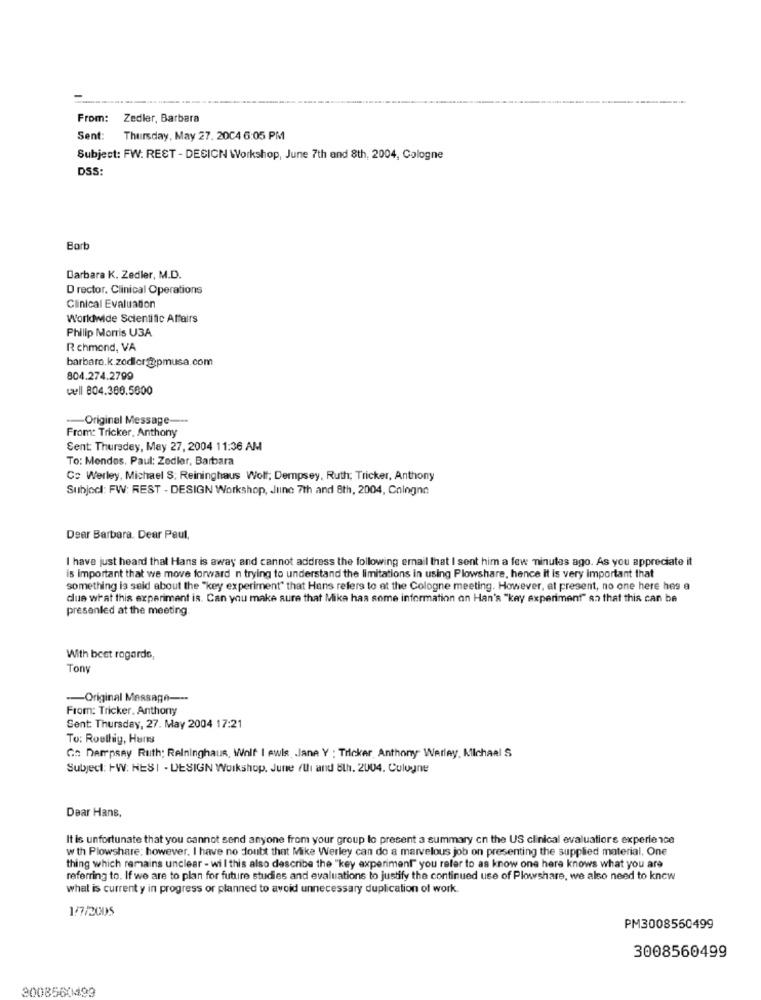
From:
Zedler, Barbara
Sent: Thursday, May 27. 20C4 6:05 PM
Subject: FW: REST - DESIGN Workshop, June 7th and 8th, 2004, Cologne
DSS:
Borb
Barbara K. Zedler, M.D.
D rector, Clinical Operations
Clinical Evaluation
Worldwide Scientific Affairs
Philip Morris USA
Richmond, VA
barbaro.k.zodler@pmusa.com
804.274.2799
well 804.366.5600
-Original Message-
From: Tricker, Anthony
Sent Thursday, May 27, 2004 11:36 AM
To: Mendes. Paul: Zedler, Barbara
C: Werley, Michael S: Reininghaus Wolf; Dempsey, Ruth; Tricker, Anthony
Subject: FW: REST - DESIGN Workshop, Juinc 7th and 8th, 2004, Cologne
Dear Barbara. Dear Paul,
I have just heard that Hans is away and cannot address the following email that I sent him a few minutes ago. As you appreciate it
is Important that we move forward n trying to understand the limitations in using Plowshare, hence it is very important that
something is said about the "key experiment" that Hans refers to at the Cologne meeting. However, at present, no one here hes a
due what this experiment is. Can you make sure that Mika has some information on Han's "key experiment" an that this can be
presented at the meeting.
With best regards,
Ton
-- Original Message ---
From: Tricker. Anthony
Sent: Thursday, 27. May 2004 17:21
To: Roethig, Hans
Ge Dempsey Ruth; Relninghaus, Wolf I Awis .Jane Y : Tilcker, Anthony Werley, Klchaal S
Subject: FW: HESI - DESIGN Workshop. June /Ui and 8th. 2004. Culugne
Dear Hans,
It is unfortunate that you cannot send anyone from your group lo present a summary cn the US clinical evaluations experience
w th Plowshare: however. I have no doubt that Mike Werley can do a marvelous job on presenting the supplied material. One
thing which remains unclear - wil this also describe the "key experiment" you refer to as know one here knows what you are
referring to. If we are to plan for future studies and evaluations to justify the continued use of Plowshare, we also need to know
what is current y in progress or planned to avoid unnecessary duplication of work
1/7/2005
PM3008550499
3008560499
3008560499